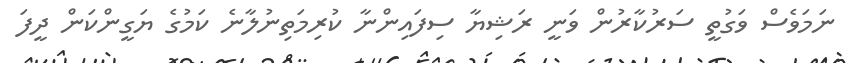
ނަމަވެސް ވަގުތީ ސަރުކާރުން ވަނީ ރަޝިޔާ ސިފައިންނާ ކުރިމަތިނުލާނެ ކަމުގެ ޔަގީންކަން ދީފަ